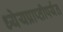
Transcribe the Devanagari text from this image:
ध्येयप्राप्तीपर्यंत